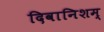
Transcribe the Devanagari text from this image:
दिवानिशम्